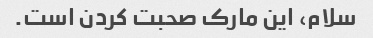
سلام، این مارک صحبت کردن است.